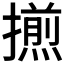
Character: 𢶕